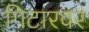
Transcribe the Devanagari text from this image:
गिटारवर